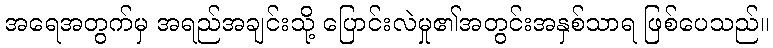
အရေအတွက်မှ အရည်အချင်းသို့ ပြောင်းလဲမှု၏အတွင်းအနှစ်သာရ ဖြစ်ပေသည်။